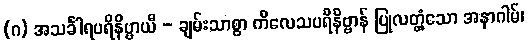
(ဂ) အသင်္ခါရပရိနိဗ္ဗာယီ - ချမ်းသာစွာ ကိလေသပရိနိဗ္ဗာန် ပြုလတ္တံ့သော အနာဂါမ်၊